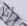
وأنا